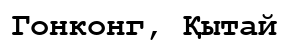
Гонконг, Қытай